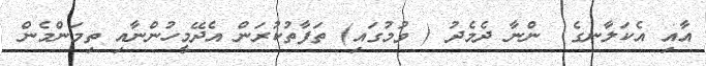
އާއި އެކަލާނގެ  ންނާ ދެމެދު ( ވުމުގައި) ތަފާތުކުރަން އެދޭމީހުންނާއި ތިމަންމެން